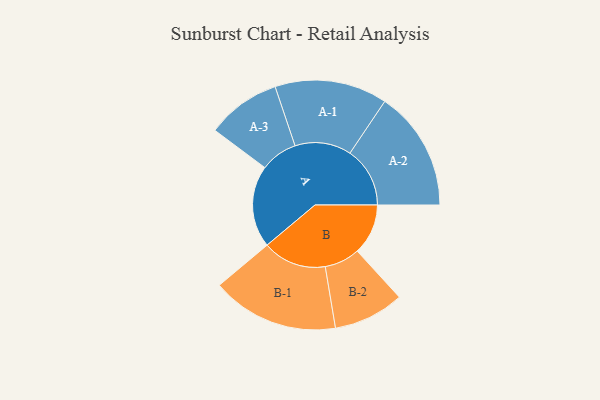
{"axis": {"x": "Segment", "y": "Value"}, "legend": ["", "A", "B"], "data": [{"x": "A", "y": 376, "type": ""}, {"x": "B", "y": 233, "type": ""}, {"x": "A-1", "y": 258, "type": "A"}, {"x": "A-2", "y": 275, "type": "A"}, {"x": "A-3", "y": 170, "type": "A"}, {"x": "B-1", "y": 292, "type": "B"}, {"x": "B-2", "y": 162, "type": "B"}]}